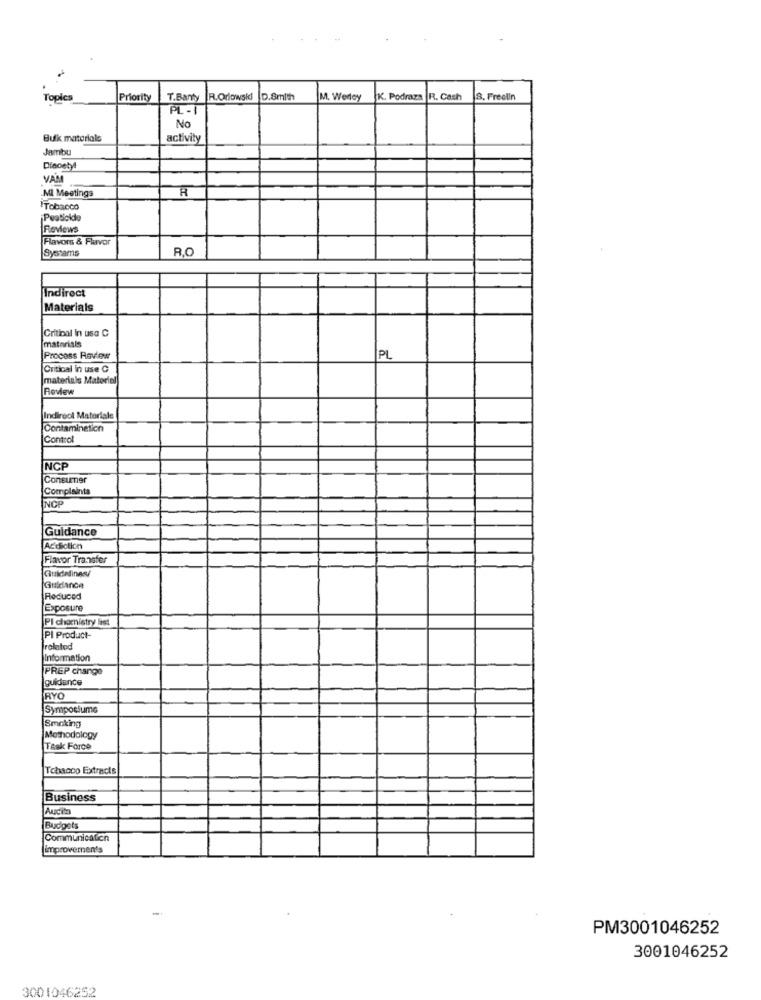
Topics
Priority
T.Banty
R.Orlowski D.Smith
M. Werley
K. Podraza R. Cash
S. Freelin
No
Bulk materiale
activity
Jambu
Diecetyl
VAM
.MI Meetings
Tobacco
Pestickle
Reviews
Flavors & Flavor
Systams
R.C
Indirect
Materials
Critical in use C
matarisis
Process Review
PL
Critical in use C
materials Material
Review
Indirect Materiale
Contamination
Control
NCP
Consumer
Complaints
INCP
Guidance
Addiction
Flavor Transfer
Guidelines/
Guidance
Reduced
Exposure
Pl chemistry list
PI Product-
related
Information
PREP change
guidance
RYO
Symposiume
Smoking
Methodology
Task Force
Tobacco Extracts
Business
Audits
Budgets
Communication
improvements
PM3001046252
3001046252
3001046252